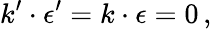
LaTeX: k^{\prime}\cdot\epsilon^{\prime}=k\cdot\epsilon=0\, ,